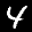
Digit: 4